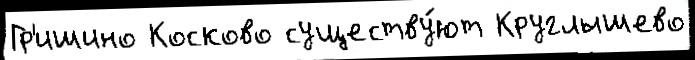
Гр'ишино Косково существу́ют Круглышево